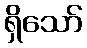
ရှိသော်